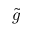
\tilde { g }